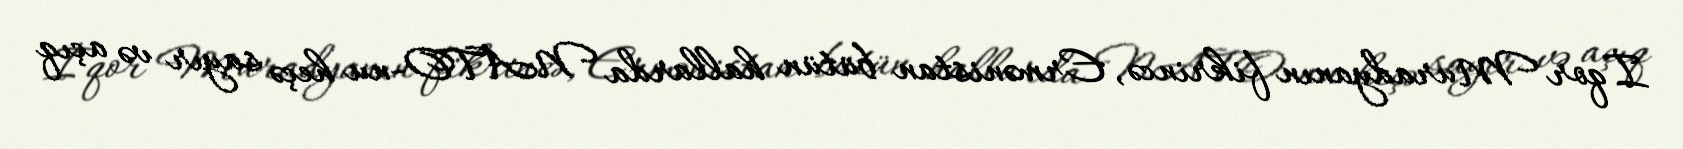
İqor Muradyanın fikrincə, Ermənistan bütün hallarda NATO-nu heçə sayır və açıq